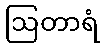
ဩတာရံ